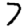
Digit: 7